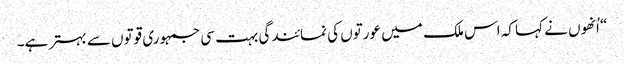
“ اُنھوں نے کہا کہ اس ملک میں عورتوں کی نمائندگی بہت سی جمہوری قوتوں سے بہتر ہے۔